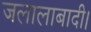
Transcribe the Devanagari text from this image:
जलालाबादी।